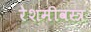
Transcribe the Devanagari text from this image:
रेशमीवस्त्र